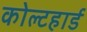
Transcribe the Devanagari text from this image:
कोल्टहार्ड